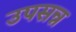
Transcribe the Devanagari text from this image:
उपसन्न